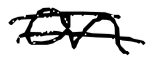
Text: on
Cross-out: double-line
Writing tool: digital_black